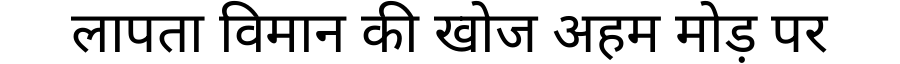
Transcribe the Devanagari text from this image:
लापता विमान की खोज अहम मोड़ पर